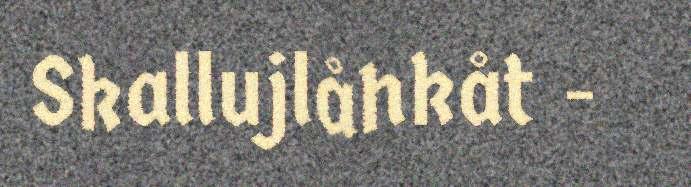
Skallujlåhkåt -